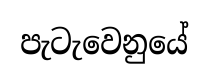
පැටැවෙනුයේ